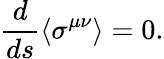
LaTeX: \frac{d}{ds}\langle\sigma^{\mu\nu}\rangle=0.